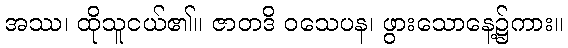
အဿ၊ ထိုသူငယ်၏။ ဇာတဒိ ဝသေပန၊ ဖွားသောနေ့၌ကား။